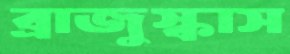
ব্রাজুস্কাস